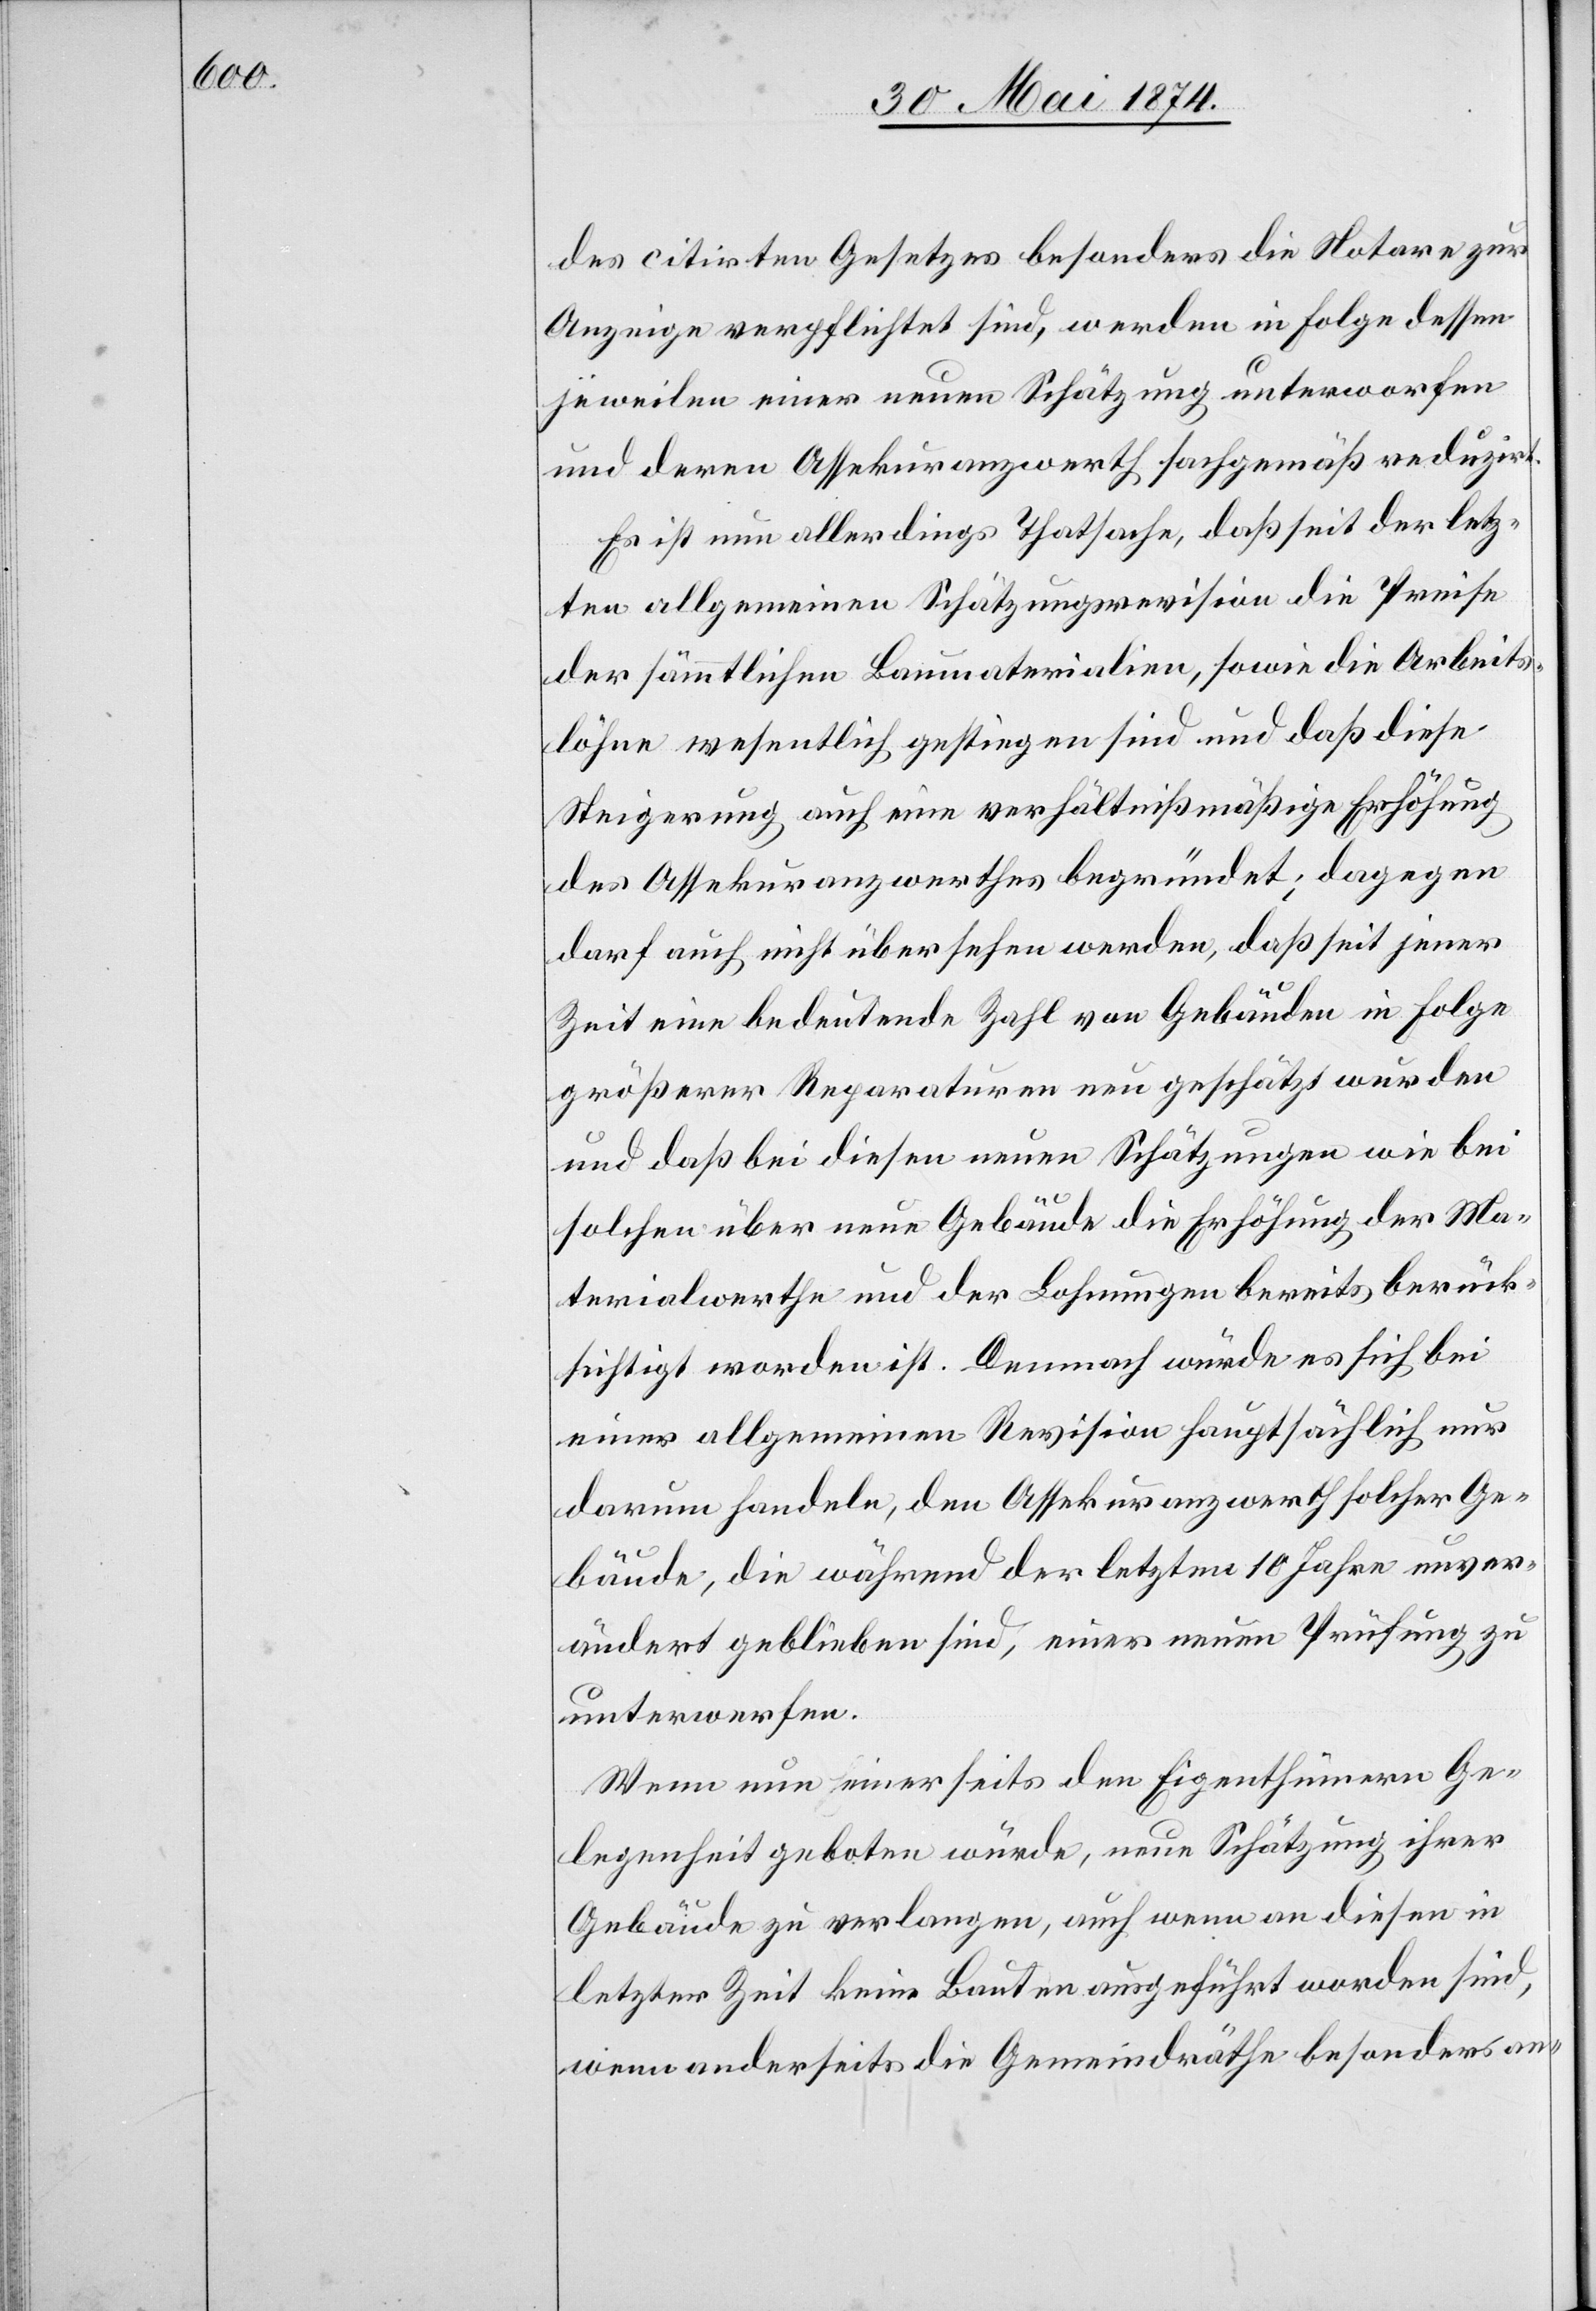
des citirten Gesetzes besonders die Notare zur
Anzeige verpflichtet sind, werden in Folge dessen
jeweilen einer neuen Schätzung unterworfen
und deren Assekuranzwerth sachgemäß reduzirt.
Es ist nun allerdings Thatsache, daß seit der letz¬
ten allgemeinen Schätzungsrevision die Preise
der sämmtlichen Baumaterialien, sowie die Arbeits¬
löhne wesentlich gestiegen sind und daß diese
Steigerung auch eine verhältnißmäßige Erhöhung
des Assekuranzwerthes begründet; dagegen
darf auch nicht übersehen werden, daß seit jener
Zeit eine bedeutende Zahl von Gebäuden in Folge
größerer Reparaturen neu geschätzt wurden
und daß bei diesen neuen Schätzungen wie bei
solchen über neue Gebäude die Erhöhung der Ma¬
terialwerthe und der Lohnungen bereits berück¬
sichtigt worden ist. Demnach würde es sich bei
einer allgemeinen Revision hauptsächlich nur
darum handeln, den Assekuranzwerth solcher Ge¬
bäude, die während der letzten 10 Jahre unver¬
ändert geblieben sind, einer neuen Prüfung zu
unterwerfen.
Wenn nun einerseits den Eigenthümern Ge¬
legenheit geboten würde, neue Schätzung ihrer
Gebäude zu verlangen, auch wenn an diesen in
letzter Zeit keine Bauten ausgeführt worden sind,
wenn anderseits die Gemeindräthe besonders an-